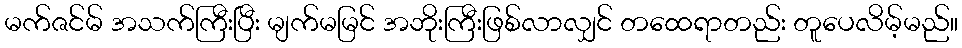
မက်ဇင်မ် အသက်ကြီးပြီး မျက်မမြင် အဘိုးကြီးဖြစ်လာလျှင် တထေရာတည်း တူပေလိမ့်မည်။